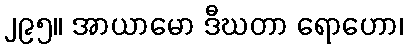
၂၉၅။ အာယာမော ဒီဃတာ ရောဟော၊